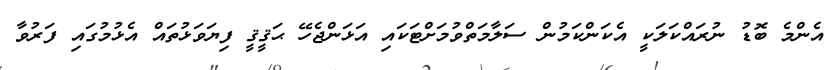
އެންމެ ބޮޑު ނުރައްކަލަކީ އެކަންކަމުން ސަލާމަތްވުމަށްޓަކައި އަޅަންޖެހޭ ޙަޤީޤީ ފިޔަވަޅުތައް އެޅުމުގައި ފަރުވާ